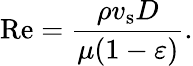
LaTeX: \mathrm{Re}={\frac{\rho v_{\mathrm{s}}D}{\mu(1-\varepsilon)}}.